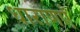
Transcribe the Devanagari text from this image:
धाराणएँ